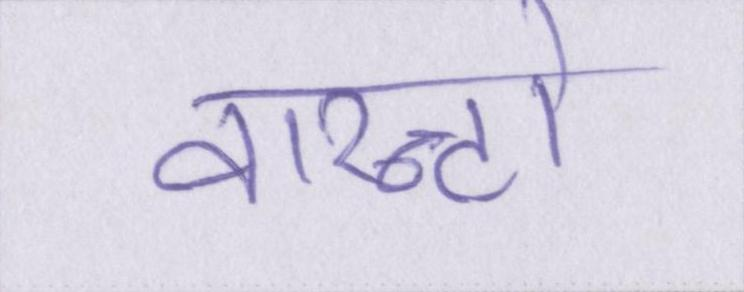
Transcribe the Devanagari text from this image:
वारन्टो